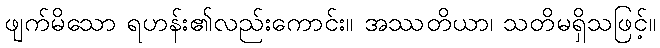
ဖျက်မိသော ရဟန်း၏လည်းကောင်း။ အဿတိယာ၊ သတိမရှိသဖြင့်။